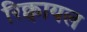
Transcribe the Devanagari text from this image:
रिक्वायल